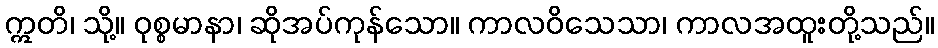
ဣတိ၊ သို့။ ဝုစ္စမာနာ၊ ဆိုအပ်ကုန်သော။ ကာလဝိသေသာ၊ ကာလအထူးတို့သည်။